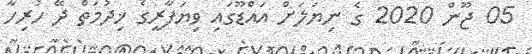
05 ޖޫން 2020 ގެ ނިޔަލަށް އައްޑޫގައި ވިޔަފާރީގެ ޚިދުމަތް ދޭ ހުރިހާ